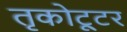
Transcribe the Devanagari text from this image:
तृकोट्टूर